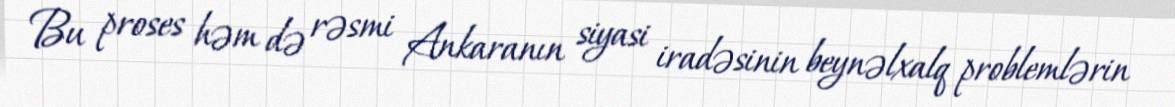
Bu proses həm də rəsmi Ankaranın siyasi iradəsinin beynəlxalq problemlərin